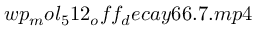
w p _ { m } o l _ { 5 } 1 2 _ { o } f f _ { d } e c a y 6 6 . 7 . m p 4